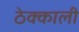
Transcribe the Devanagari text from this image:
ठेक्काली